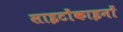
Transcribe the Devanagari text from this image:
साइटोंकाइनों